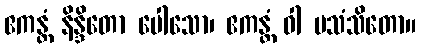
ဧကန္တံ နိန္ဒိတော ပေါသော၊ ဧကန္တံ ဝါ ပသံသိတော။